Civil Veterinary Department Bihar & Orissa reports 1911-21 - 1911-1921
Year: 1911
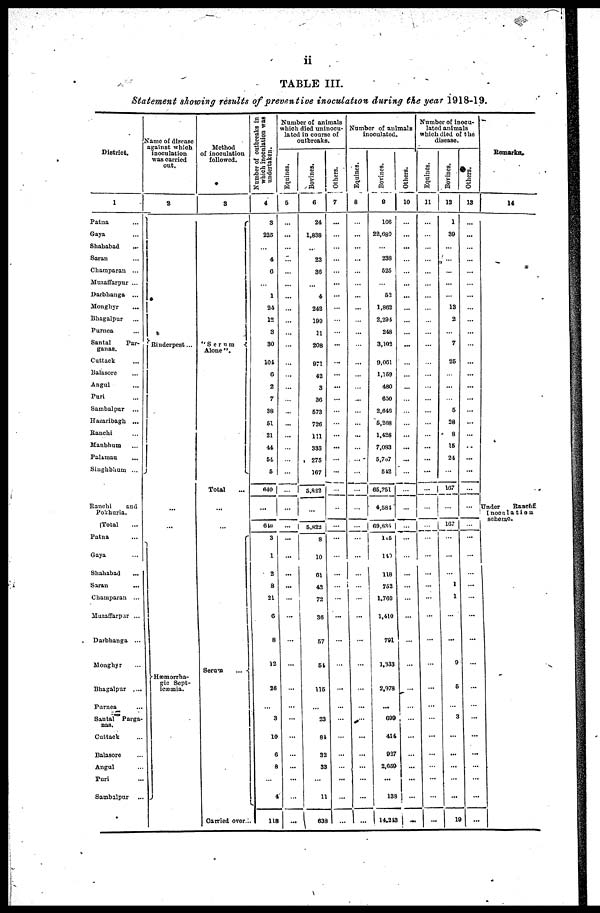
ii
TABLE III.
Statement showing results of preventive inoculation during Che year 1918-19.
District.
1
Patna …
Gaya …
Shahabad …
Saran …
Champaran ...
Muzaffarpur ...
Darbhanga ...
Monghyr …
Bhagalpur …
Purnca …
Santal
Par-
ganas.
Cuttack …
Balasore …
Angul …
Puri …
Sambalpur …
Hazaribagh ...
Rauchi …
Manbhum …
Palamau …
Singhbhum ...
Ranchi
and
Pokhuria.
Total …
Patna …
Gaya …
Shahabad
...
Saran …
Champaran ...
Muzaffapur
...
Darbhanga ...
Monghyr …
Bhagalpur ....
Parnea …
Santal Parga-
nas.
Cuttack …
Balasore …
Angul …
Puri …
Sambalpur …
Name of disease
against which
inoculation
was carried
out.
2
Rinderpest ...
...
...
Hæmorrha-
gic Sept-
ieæmia.
Method
of inoculation
followed.
3
''Serum
Alone"
Total …
...
…
Sorun
...
Carried over ...
Number of outbreaks in
which inoculation was
undertaken.
4
3
225
…
4
6
…
1
21
12
3
30
104
6
2
7
38
51
21
44
51
5
640
...
6
3
1
2
8
21
6
8
12
26
…
3
10
6
8
…
4
118
Number of animals
which died uninocu-
lated in course of
outbreaks.
Equines.
5
…
…
…
…
…
…
…
…
…
…
…
…
…
…
…
…
…
…
…
…
…
...
...
...
…
…
…
…
…
…
…
…
…
…
...
…
…
…
…
…
…
Bovines.
6
24
1,838
…
23
36
…
4
242
190
11
208
971
42
3
30
573
726
111
333
275
107
5,822
...
5,822
8
10
61
42
72
36
57
51
115
…
23
81
32
33
…
11
638
others.
7
…
…
…
…
…
…
…
…
…
…
…
…
…
…
…
…
…
…
...
…
…
…
...
…
…
…
…
...
...
…
…
…
…
…
…
…
…
…
...
…
…
Number of animals
inoculated.
Equines.
8
…
...
…
…
…
…
…
…
…
…
…
…
…
…
…
…
…
...
…
…
…
...
...
...
...
…
...
...
...
…
…
…
…
…
…
…
...
…
…
…
...
Bovines.
9
166
22,683
…
238
525
…
52
1,862
2,294
248
3,102
9,001
1,159
480
630
2,640
5,208
1,428
7,033
5,7o7
512
65,?51
4,581
69,835
1 5
14
118
752
1,769
1,410
791
1,133
2,178
...
699
414
927
2,659
...
138
14,213
Others.
10
…
…
…
…
…
…
...
…
…
…
…
…
…
…
…
…
…
…
…
…
…
…
...
…
…
…
…
…
…
…
…
…
…
…
…
…
…
…
…
…
…
Number of inocu-
lated animals
which died of the
disease.
Equines.
11
…
…
…
…
…
…
…
…
…
…
…
…
…
…
…
…
…
…
…
…
...
...
...
…
…
…
…
…
…
...
…
…
…
…
…
…
…
…
…
…
…
Bovines.
12
1
39
…
…
…
…
…
13
2
…
7
25
…
…
…
5
28
8
15
21
…
107
...
167
…
…
…
1
1
…
...
9
5
…
3
…
...
...
…
...
19
Others.
13
…
…
…
…
…
…
…
…
…
…
…
…
…
…
…
…
…
…
..
...
…
…
...
…
...
…
…
…
…
…
…
…
…
…
…
…
...
…
…
...
...
Remarks.
14
Under
Raneh
InocalatioN
scheme.